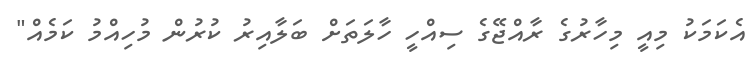
އެކަމަކު މިއީ މިހާރުގެ ރާއްޖޭގެ ސިއްހީ ހާލަތަށް ބަލާއިރު ކުރުން މުހިއްމު ކަމެއް"